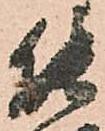
能